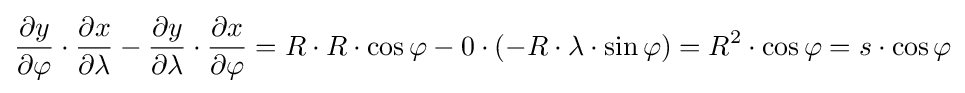
{\frac {\partial y}{\partial \varphi }}\cdot {\frac {\partial x}{\partial \lambda }}-{\frac {\partial y}{\partial \lambda }}\cdot {\frac {\partial x}{\partial \varphi }}=R\cdot R\cdot \cos \varphi -0\cdot (-R\cdot \lambda \cdot \sin \varphi )=R^{2}\cdot \cos \varphi =s\cdot \cos \varphi